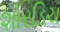
શોરડિચ